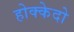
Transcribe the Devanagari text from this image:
होक्केदो